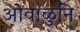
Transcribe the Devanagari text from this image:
ओवाळुनि